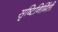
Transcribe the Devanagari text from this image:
सृष्टिनिर्मिती